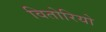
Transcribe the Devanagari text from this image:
वितोरियो